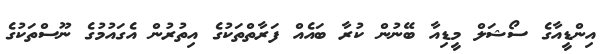
އިންޑީއާގެ ސޯޝަލް މީޑިއާ ބޭނުން ކުރާ ބައެއް ފަރާތްތަކުގެ އިތުރުން އެގައުމުގެ ނޫސްތަކުގެ